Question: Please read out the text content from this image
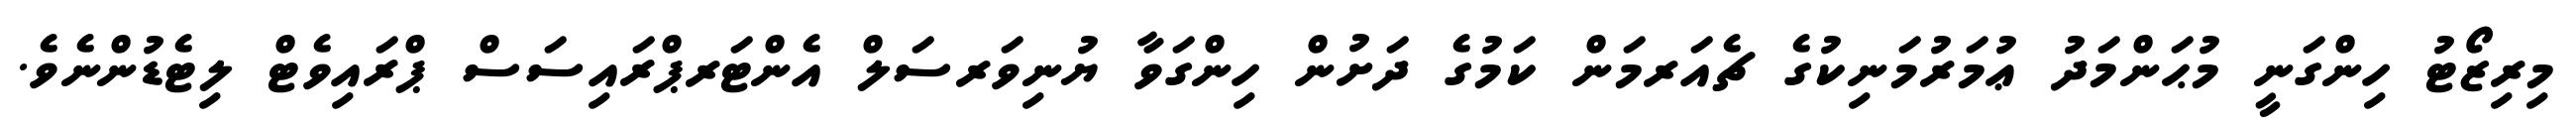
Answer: މިރިޒޯޓު ހިންގަނީ މުޙަންމަދު ޢުމަރުމަނިކުގެ ޗެއަރމަން ކަމުގެ ދަށުން ހިންގަވާ ޔުނިވަރސަލް އެންޓަރޕްރައިސަސް ޕްރައިވެޓް ލިޓެޑުންނެވެ.